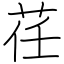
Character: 荏